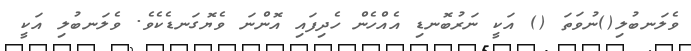
ވެލަނބުލި()ނުވަތަ () އަކީ ނަރުބޮނޑި އެއްހެން ހެދިފައި އޮންނަ ވެޔޮގަނޑެކެވެ. ވެލަނބުލި އަކީ